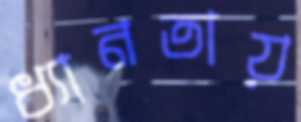
ধ্যানতায়